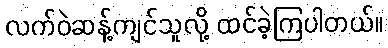
လက်ဝဲဆန့်ကျင်သူလို့ ထင်ခဲ့ကြပါတယ်။